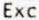
EXC